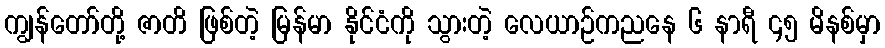
ကျွန်တော်တို့ ဇာတိ ဖြစ်တဲ့ မြန်မာ နိုင်ငံကို သွားတဲ့ လေယာဉ်ကညနေ ၆ နာရီ ၄၅ မိနစ်မှာ